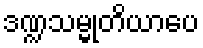
ဒဏ္ဍသမ္မုတိယာပေ